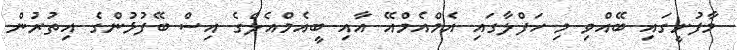
މާފުށީގައި ބޭއްވި މި ހަފްލާގައި އެމްއެމްއޭ އާއި ބީއެމްއެލްގެ އިސް ބޭފުޅުންގެ އިތުރުން